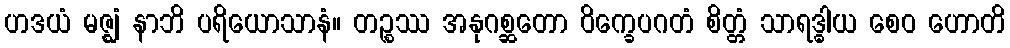
ဟဒယံ မဇ္ဈံ နာဘိ ပရိယောသာနံ။ တဉ္စဿ အနုဂစ္ဆတော ဝိက္ခေပဂတံ စိတ္တံ သာရဒ္ဓါယ စေဝ ဟောတိ